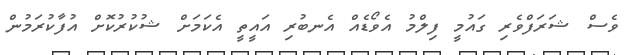
ވެސް ޝަރަފްވެރި ގައުމީ ފިލްމު އެވޯޑެއް އެނބުރި އައީތީ އެކަމަށް ޝުކުރުކޮށް އުފާކުރަމުން